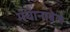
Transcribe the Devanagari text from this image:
मंचानाबेले